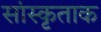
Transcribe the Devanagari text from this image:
सांस्कृताक